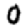
Digit: 0